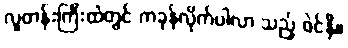
လူတန်းကြီးထဲတွင် ကခုန်လိုက်ပါလာ သည့် ဖဲင်နီ။